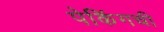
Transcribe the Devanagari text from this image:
पेकिंगची